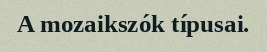
A mozaikszók típusai.